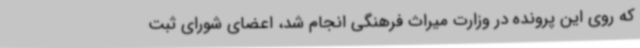
که روی این پرونده در وزارت میراث فرهنگی انجام شد، اعضای شورای ثبت